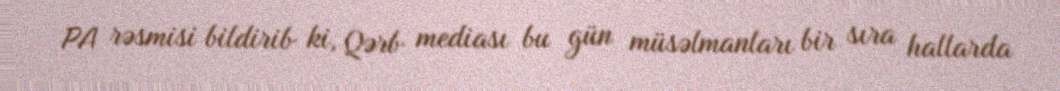
PA rəsmisi bildirib ki, Qərb mediası bu gün müsəlmanları bir sıra hallarda